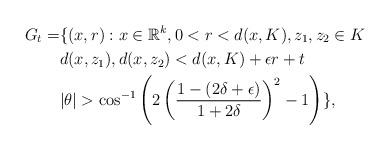
LaTeX: \begin{align*}G_t=&\{(x,r):x\in \mathbb{R}^k, 0<r<d(x,K),z_1,z_2\in K \\&d(x,z_1),d(x,z_2)< d(x,K)+\epsilon r+t\\& |\theta|>\cos^{-1}\left(2\left(\frac{1-(2\delta +\epsilon)}{1+2\delta}\right)^2-1\right)\},\end{align*}